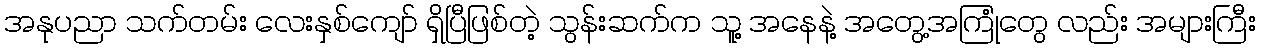
အနုပညာ သက်တမ်း လေးနှစ်ကျော် ရှိပြီဖြစ်တဲ့ သွန်းဆက်က သူ့ အနေနဲ့ အတွေ့အကြုံတွေ လည်း အများကြီး